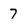
Character: 7